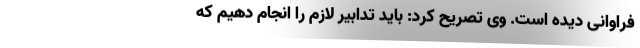
فراوانی دیده است. وی تصریح کرد: باید تدابیر لازم را انجام دهیم که